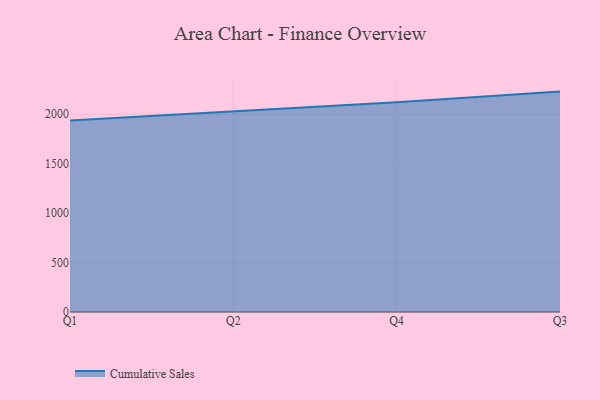
{"axis": {"x": "Quarter", "y": "Website Visitors"}, "legend": ["Cumulative Sales"], "data": [{"x": "Q1", "y": 1935.4, "type": "Cumulative Sales"}, {"x": "Q2", "y": 2027.8, "type": "Cumulative Sales"}, {"x": "Q4", "y": 2120.7, "type": "Cumulative Sales"}, {"x": "Q3", "y": 2228.6, "type": "Cumulative Sales"}]}